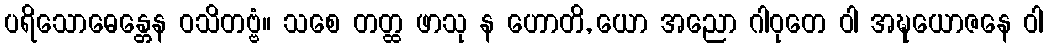
ပရိသောဓေန္တေန ဝသိတဗ္ဗံ။ သစေ တတ္ထ ဖာသု န ဟောတိ, ယော အညော ဂါဝုတေ ဝါ အဍ္ဎယောဇနေ ဝါ